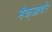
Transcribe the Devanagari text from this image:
मैक्‌आर्थर